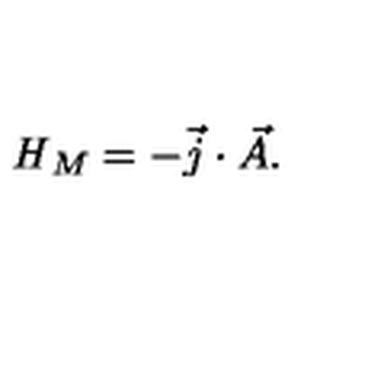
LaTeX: { \it H } _ { M } = - \vec { j } \cdot \vec { A } .